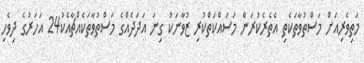
މަތިވެރިއަށް މަސްތުވާތަކެތި އެތެރެކުރަން މަސައްކަތްކުރި ޒުވާނަކު ގިނަ އަދަދެއްގެ މަސްތުވާތަކެއްޗާއެކު24 އަހަރުގެ ދިވެހި